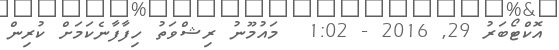
އޮކްޓޯބަރު 29